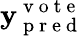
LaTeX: \mathbf{y}_{\mathrm{{~p~r~e~d~}}}^{\mathrm{{~v~o~t~e~}}}